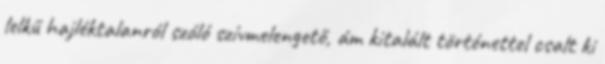
lelkű hajléktalanról szóló szívmelengető, ám kitalált történettel csalt ki